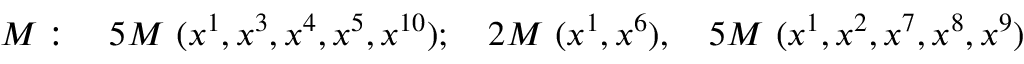
M : ~ ~ ~ 5 M ~ ( x ^ { 1 } , x ^ { 3 } , x ^ { 4 } , x ^ { 5 } , x ^ { 1 0 } ) ; ~ ~ ~ 2 M ~ ( x ^ { 1 } , x ^ { 6 } ) , ~ ~ ~ 5 M ~ ( x ^ { 1 } , x ^ { 2 } , x ^ { 7 } , x ^ { 8 } , x ^ { 9 } )